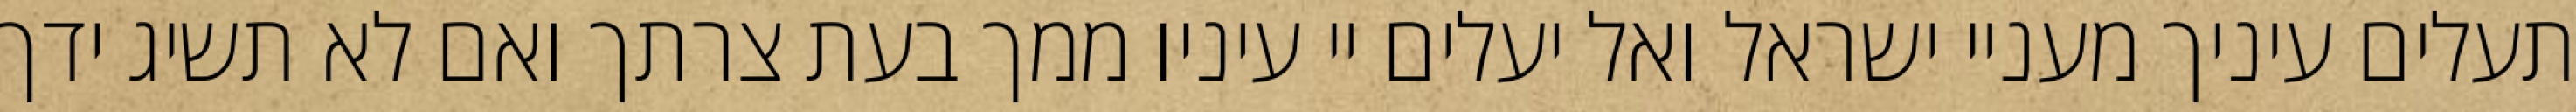
תעלים עיניך מעניי ישראל ואל יעלים יי עיניו ממך בעת צרתך ואם לא תשיג ידך